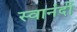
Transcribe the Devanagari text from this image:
स्वानंदीं